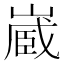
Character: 𭗉